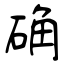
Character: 确